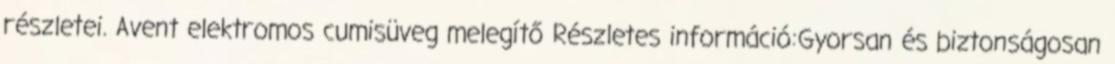
részletei. Avent elektromos cumisüveg melegítő Részletes információ:Gyorsan és biztonságosan